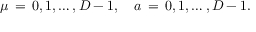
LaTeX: \mu \, = \, 0 , 1 , \ldots , D - 1 , \quad a \, = \, 0 , 1 , \ldots , D - 1 .